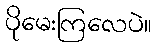
ပိုမေးကြလေပဲ။